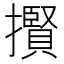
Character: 𢸒